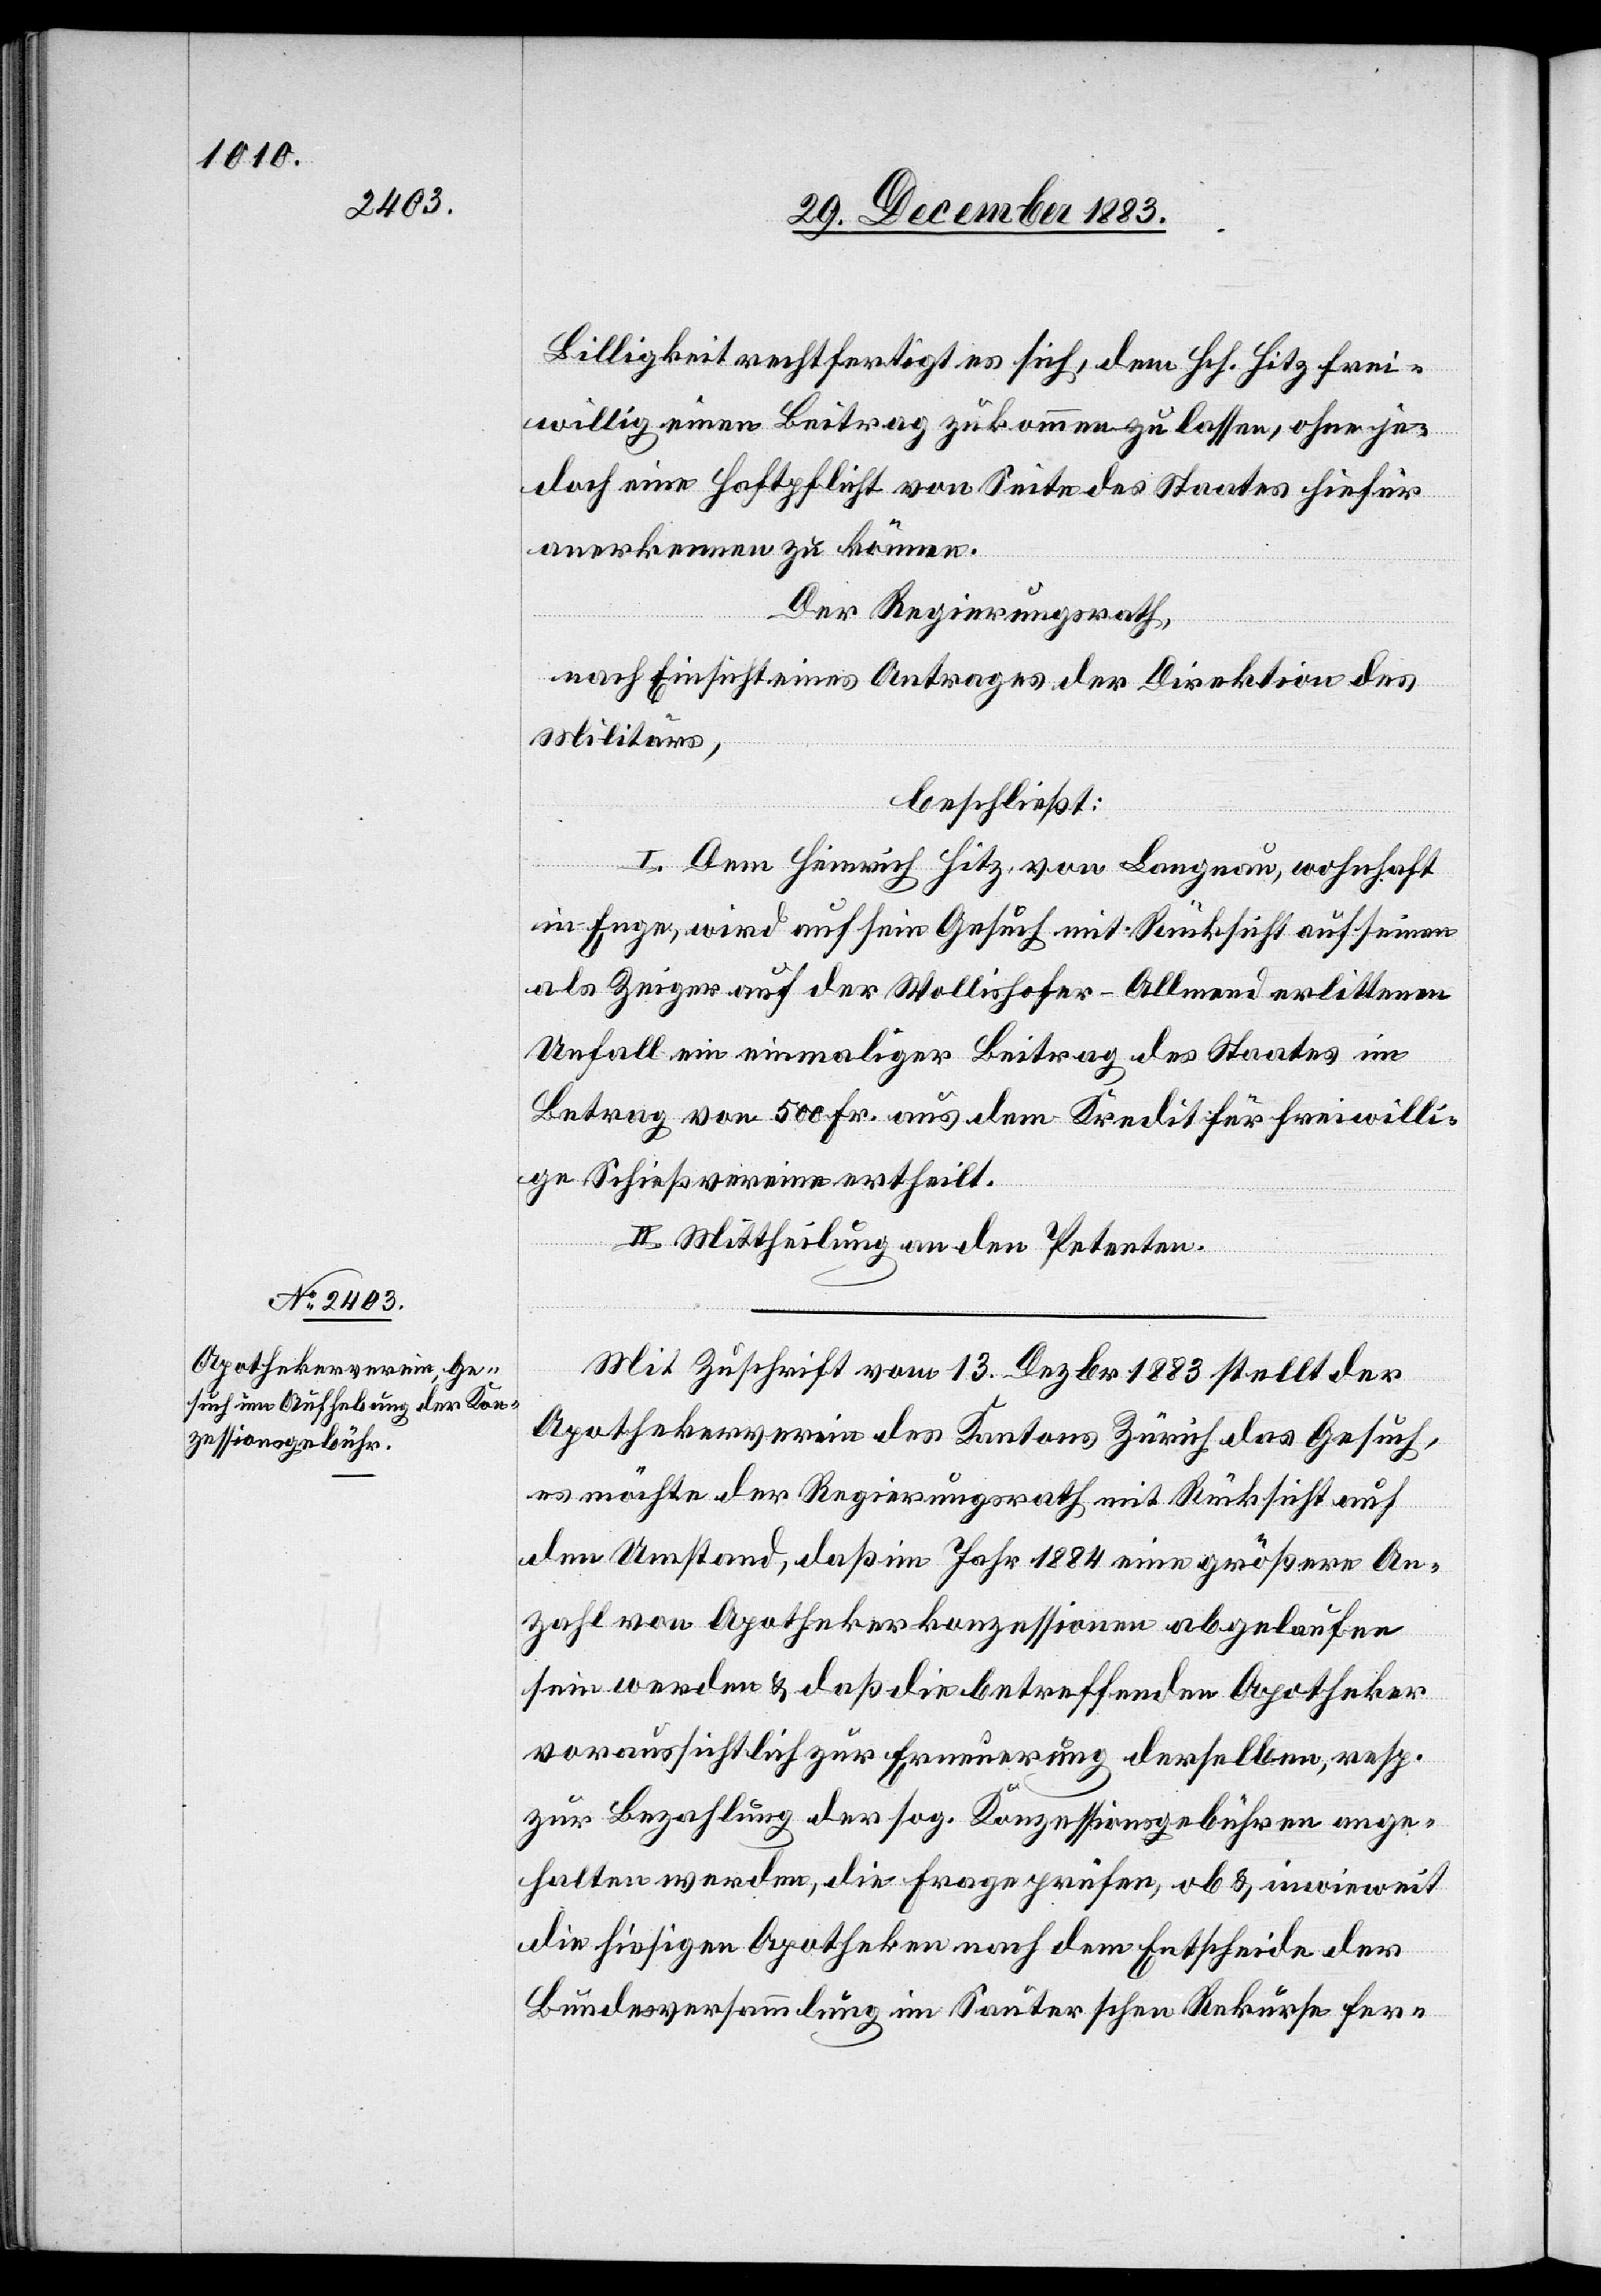
Billigkeit rechtfertigt es sich, dem Hch. Hitz frei¬
willig einen Beitrag zukommen zu lassen, ohne je¬
doch eine Haftpflicht von Seite des Staates hiefür
anerkennen zu können.
Der Regierungsrath,
nach Einsicht eines Antrages der Direktion des
Militärs,
beschließt:
I. Dem Heinrich Hitz von Langnau, wohnhaft
in Enge, wird auf sein Gesuch mit Rücksicht auf seinen
als Zeiger auf der Wollishofer-Allmend erlittenen
Unfall ein einmaliger Beitrag des Staates im
Betrag von 500 Fr. aus dem Kredit für freiwilli¬
ge Schießvereine ertheilt.
II. Mittheilung an den Petenten.
Mit Zuschrift vom 13. Dezbr. 1883 stellt der
Apothekerverein des Kantons Zürich das Gesuch,
es möchte der Regierungsrath mit Rücksicht auf
den Umstand, daß im Jahr 1884 eine größere An¬
zahl von Apothekerkonzessionen abgelaufen
sein werden & daß die betreffenden Apotheker
voraussichtlich zur Erneuerung derselben , resp.
zur Bezahlung der sog. Konzessionsgebühren ange¬
halten werden, die Frage prüfen, ob & inwieweit
die hiesigen Apotheken nach dem Entscheide der
Bundesversammlung im Sauterschen Rekurse fer-